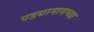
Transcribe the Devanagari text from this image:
पडद्यामागच्या